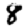
Digit: 8